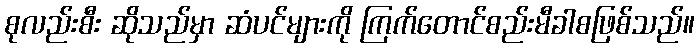
စုလည်းစီး ဆိုသည်မှာ ဆံပင်များကို ကြက်တောင်စည်းမီခါစဖြစ်သည်။